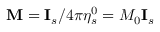
\mathbf { M } = \mathbf { I } _ { s } / 4 \pi \eta _ { s } ^ { 0 } = M _ { 0 } \mathbf { I } _ { s }